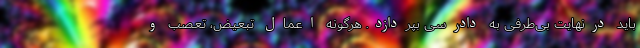
باید درنهایت بی‌طرفی به دادرسی بپردازد. هرگونه اعمال تبعیض، تعصب و